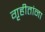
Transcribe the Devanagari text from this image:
गृहीतांना